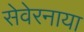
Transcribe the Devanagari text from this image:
सेवेरनाया